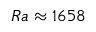
{ R a \approx 1 6 5 8 }